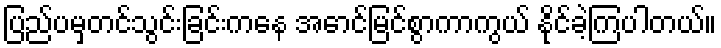
ပြည်ပမှတင်သွင်းခြင်းကနေ အောင်မြင်စွာကာကွယ် နိုင်ခဲ့ကြပါတယ်။